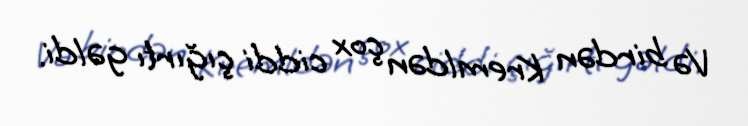
Və birdən Kremldən çox ciddi çığırtı gəldi.